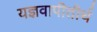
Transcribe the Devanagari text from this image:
यज्ञवापीतीर्थ